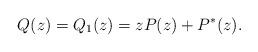
LaTeX: \begin{align*}Q(z)=Q_{1}(z) = z P(z) + P^{*}(z).\end{align*}